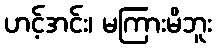
ဟင့်အင်း၊ မကြားမိဘူး